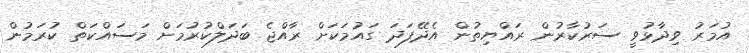
އުމަރު ވިދާޅުވީ ސަރުކާރުން ރައްޔިތުން އެދޭފަދަ ގައުމަކަށް ރާއްޖެ ބަދަލްކުރުމަށް މަސައްކަތް ކުރަމުން